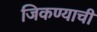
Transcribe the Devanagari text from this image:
जिकण्याची